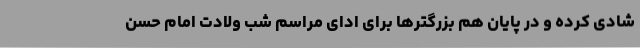
شادی کرده و در پایان هم بزرگترها برای ادای مراسم شب ولادت امام حسن